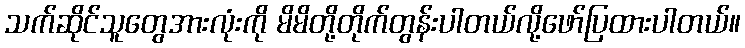
သက်ဆိုင်သူတွေအားလုံးကို မိမိတို့တိုက်တွန်းပါတယ်လို့ဖော်ပြထားပါတယ်။